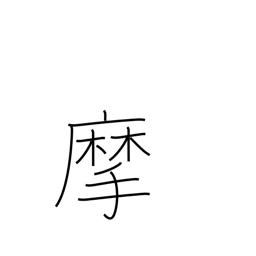
Meaning: scrape